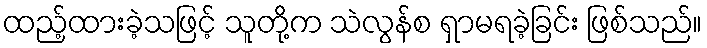
ထည့်ထားခဲ့သဖြင့် သူတို့က သဲလွန်စ ရှာမရခဲ့ခြင်း ဖြစ်သည်။